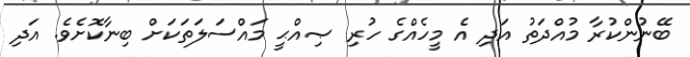
ބޭނުންކުރާ މުއްދަތު އަދި އެ މީހެއްގެ ހުރި ޞިއްޙީ މައްސަލަތަކަށް ބިނާކޮށެވެ. އަދި